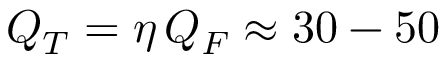
Q _ { T } = \eta \, Q _ { F } \approx 3 0 - 5 0